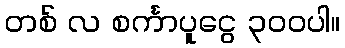
တစ် လ စင်္ကာပူငွေ ၃၀၀ပါ။